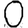
Digit: 0